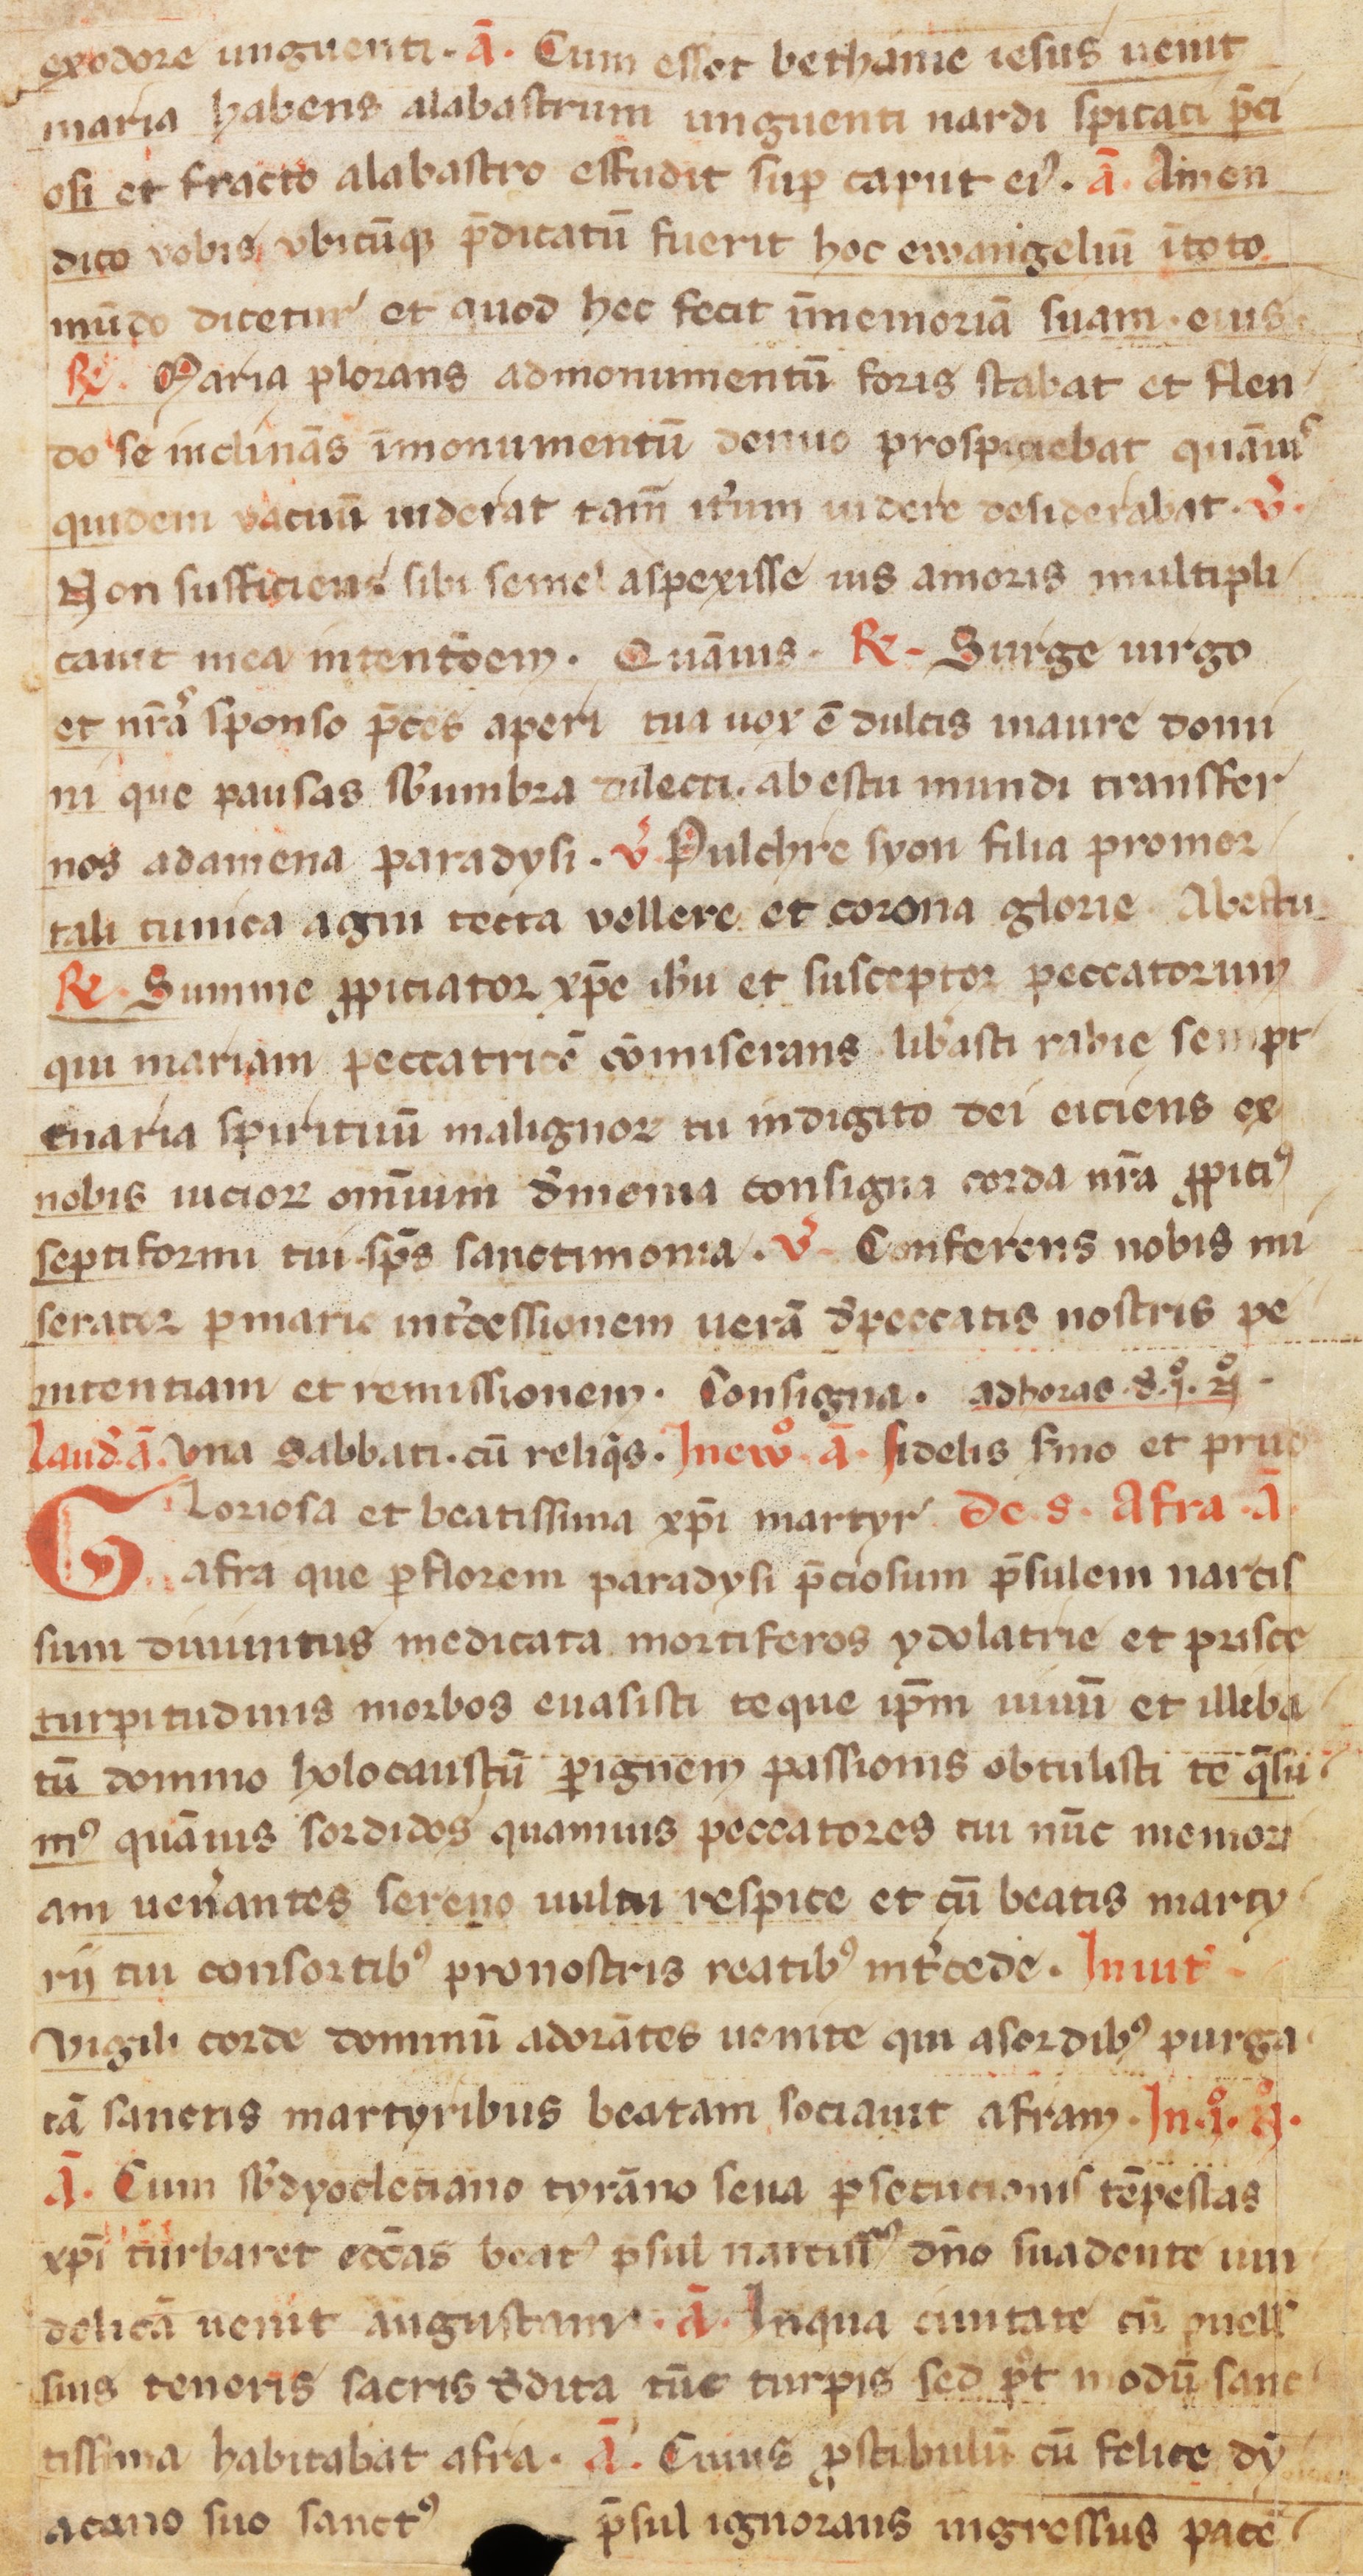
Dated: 1100–1199